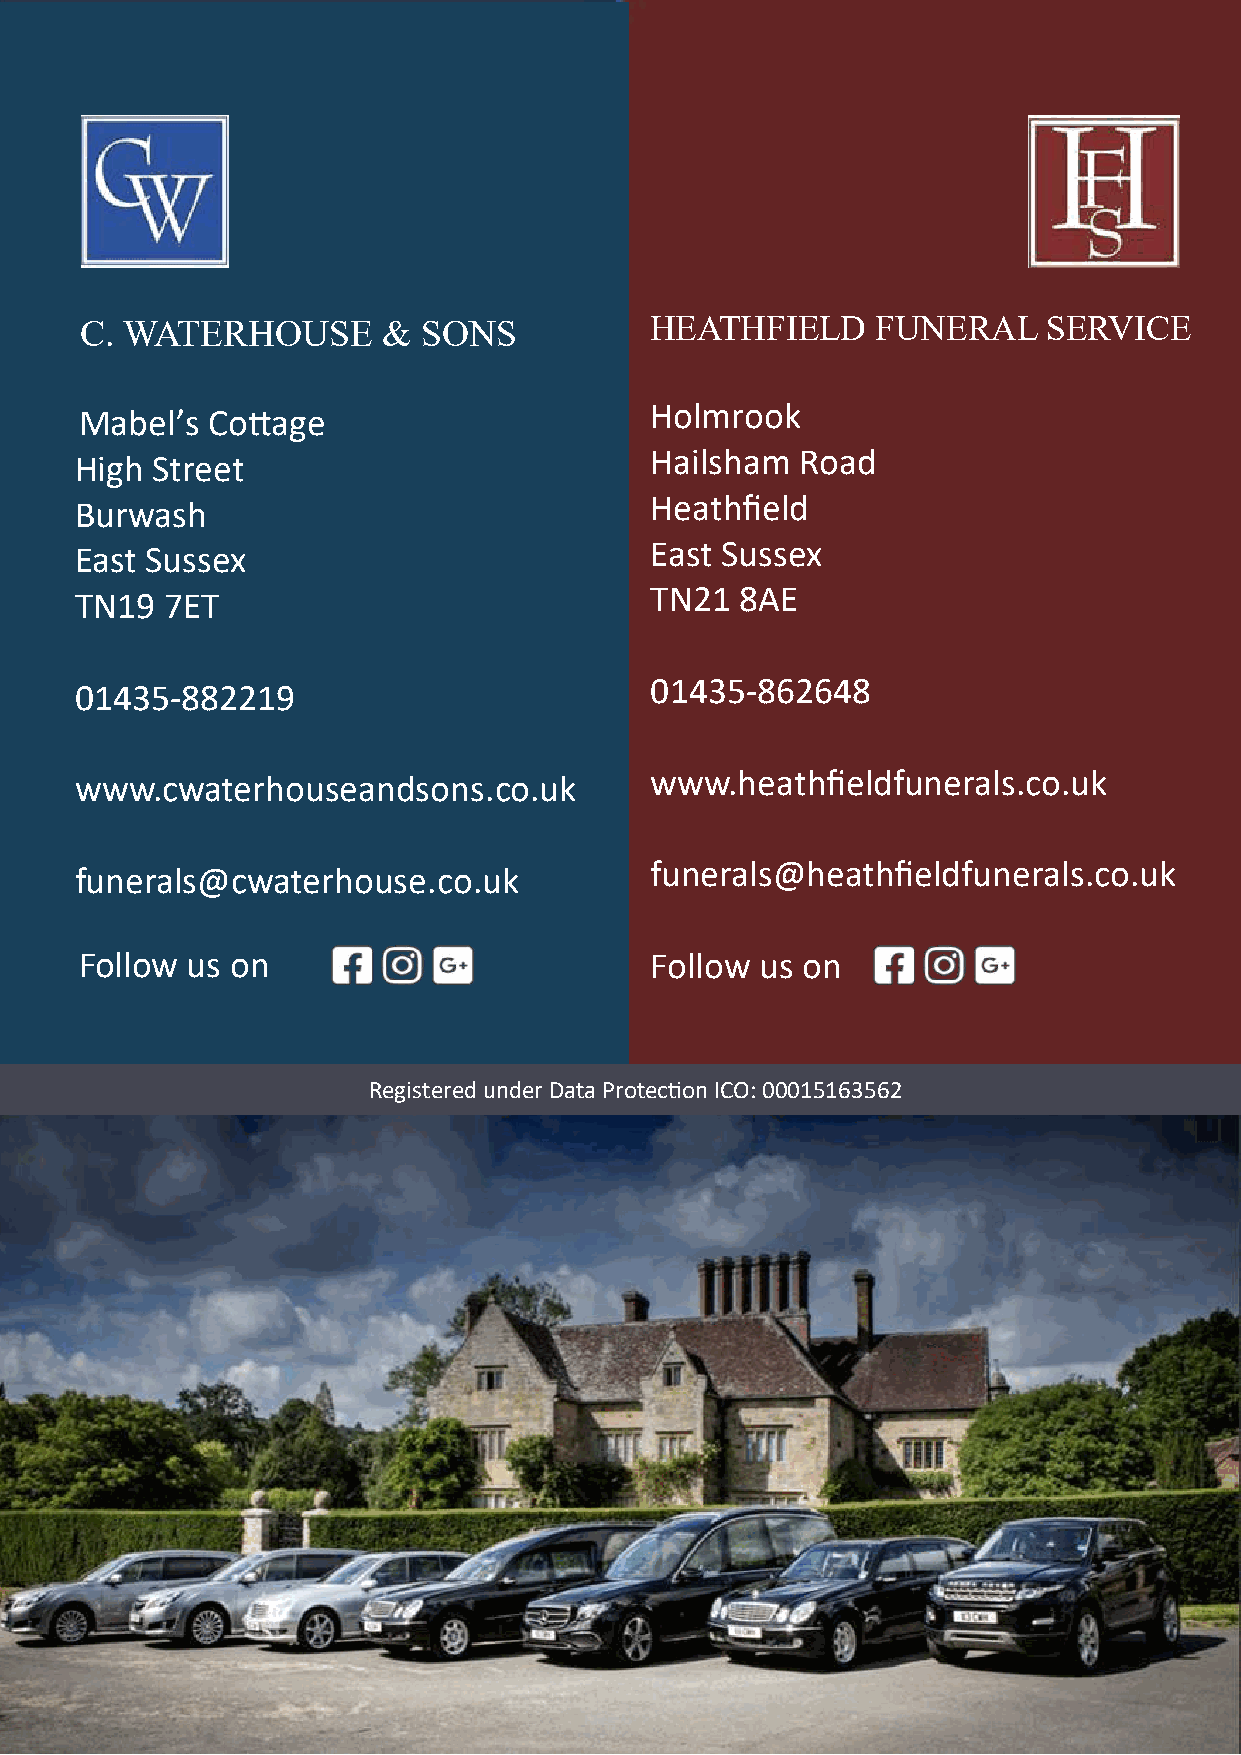
C. WATERHOUSE       &  SONS           HEATHFIELD     FUNERAL    SERVICE
 Holmrook
 Mabel’s  Cottage
 Hailsham  Road
 High Street
 Heathfield
 Burwash
 East Sussex
 East Sussex
 TN21  8AE
 TN19  7ET
 01435-862648
 01435-882219
 www.heathfieldfunerals.co.uk
 www.cwaterhouseandsons.co.uk
 funerals@heathfieldfunerals.co.uk
 funerals@cwaterhouse.co.uk
 Follow us on                          Follow us on
 Registered under Data Protection ICO: 00015163562